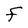
Character: F